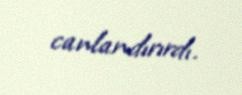
canlandırırdı.